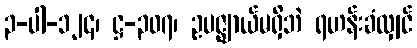
၃-ပါ-၁၂၄၊ ဋ္ဌ-၃၀၇၊ ဥပဇ္ဈာယ်မရှိဘဲ ရဟန်းခံလျှင်